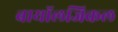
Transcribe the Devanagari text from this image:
बायॉलजिकल